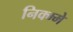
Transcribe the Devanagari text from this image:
निक्म्मे